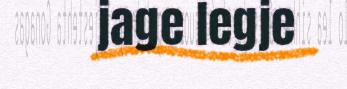
jage legje